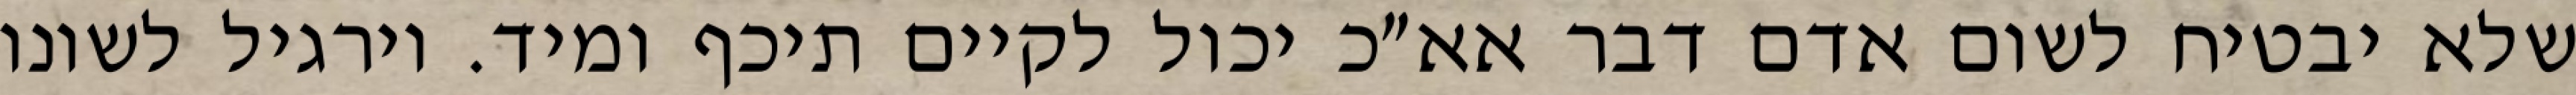
שלא יבטיח לשום אדם דבר אא״כ יכול לקיים תיכף ומיד. וירגיל לשונו